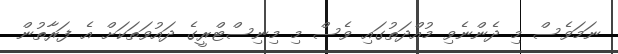
ނަމަވެސް މި ދެންނެވި މުއްދަތުގައި ވެސް މި މިނިސްޓްރީގެ ދައުވަތަކަށް އެ ފަރާތުން